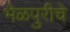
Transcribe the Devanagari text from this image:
भेळपुरीचे